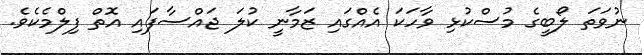
ނުވަތަ ލޯބީގެ މުސްކުޅި ވާހަކަ އެއްގައި ޒަމާނީ ކުލަ ޖައްސާފައި އޮތް ފިލްމެކެވެ.